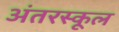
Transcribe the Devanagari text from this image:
अंतरस्कूल